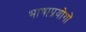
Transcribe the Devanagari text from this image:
भाषाप्रयोगों